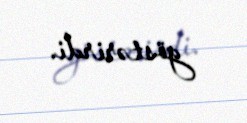
göstərirdi.